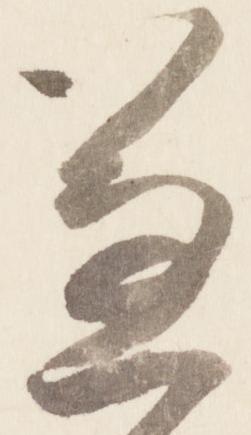
兼